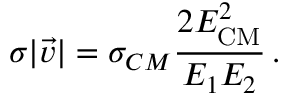
\sigma | \vec { v } | = \sigma _ { C M } \frac { 2 E _ { \mathrm { C M } } ^ { 2 } } { E _ { 1 } E _ { 2 } } \, .